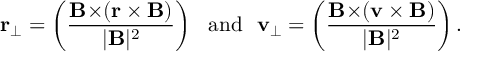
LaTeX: { \bf r } _ { \perp } = \left( { \frac { { \bf B \times } ( { \bf r \times B } ) } { | { \bf B } | ^ { 2 } } } \right) \ \ \mathrm { a n d } \ \ { \bf v } _ { \perp } = \left( { \frac { { \bf B \times } ( { \bf v \times B } ) } { | { \bf B } | ^ { 2 } } } \right) .